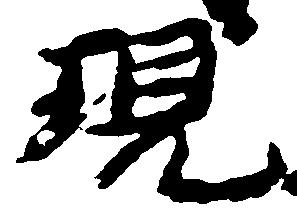
現